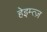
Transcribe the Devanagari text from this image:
हेइम्त्ज़